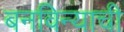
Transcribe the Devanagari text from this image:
बनविन्याची